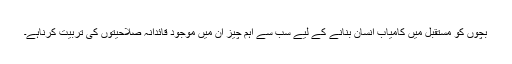
بچوں کو مستقبل میں کامیاب انسان بنانے کے لیے سب سے اہم چیز ان میں موجود قائدانہ صلاحیتوں کی تربیت کرناہے۔